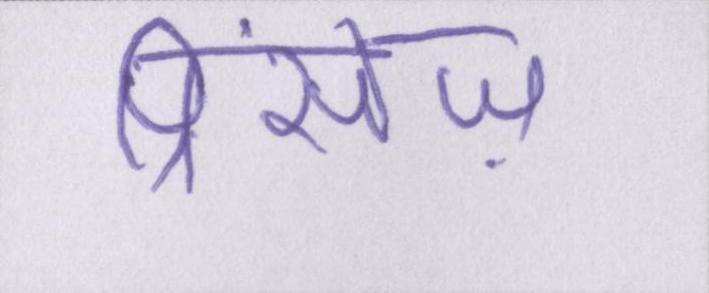
प्रिंसेज़